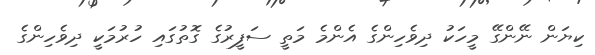
ކިޔަން ނޭންގޭ މީހަކު ދިވެހިންގެ އެންމެ މަތީ ސަފީރުގެ ގޮތުގައި ހުރުމަކީ ދިވެހިންގެ